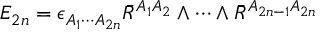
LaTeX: { \cal E } _ { 2 n } = \epsilon _ { A _ { 1 } \cdots A _ { 2 n } } \bar { R } ^ { A _ { 1 } A _ { 2 } } \wedge \cdots \wedge \bar { R } ^ { A _ { 2 n - 1 } A _ { 2 n } }